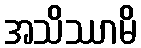
အသိဿာမိ